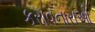
કરાવનારાઓ